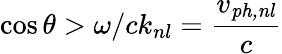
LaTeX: \cos\theta>\omega/ck_{nl}=\frac{v_{\mathit{ph,nl}}}{c}